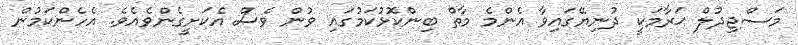
މަސްޖިދުލް ޙަރާމަކީ ދުނިޔޭގައިވާ އެންމެ މާތް ބިންކޮޅުކަމުގައި ވުން ވެސް އެކަށީގެންވެއެވެ. އެހެންކަމުން